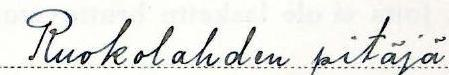
Ruokolahden pitäjä